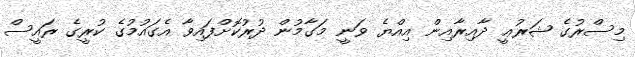
މިސްރުގެ ޝަރުޢީ ދާއިރާއިން އިއްޔެ ވަނީ މަގާމުން ދުރުކޮށްފައިވާ އެގައުމުގެ ކުރީގެ ރައީސް